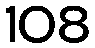
108